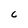
Character: C